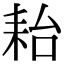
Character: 耛